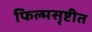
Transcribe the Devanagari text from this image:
फिल्मसृष्टीत